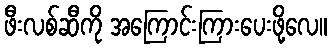
ဖီးလစ်ဆီကို အကြောင်းကြားပေးဖို့လေ။